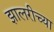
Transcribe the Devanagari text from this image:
झालरीच्या